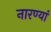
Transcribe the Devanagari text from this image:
नारण्यां